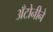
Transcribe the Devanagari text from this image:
अँटोनीने